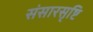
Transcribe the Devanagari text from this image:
संसारसृष्टि